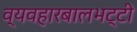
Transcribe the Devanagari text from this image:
व्यवहारबालभट्टी